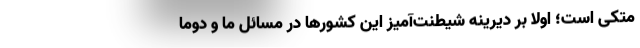
متکی است؛ اولا بر دیرینه شیطنت‌آمیز این کشورها در مسائل ما و دوما